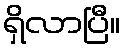
ရှိလာပြီ။